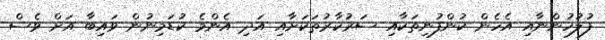
ފުލުހުންނާއި އެހެން ކުންފުނިތަކާއި ސަރުކާރުތަކަށާއި އަދި އެންމެ ކުޑަމިނުން ވައިބާ އަށް ވެސް